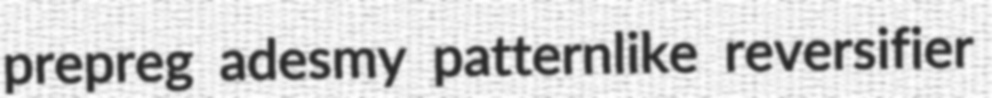
prepreg adesmy patternlike reversifier